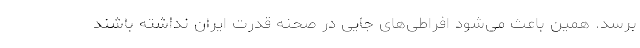
برسد. همین باعث می‌شود افراطی‌های جایی در صحنه قدرت ایران نداشته باشند